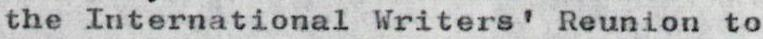
the International Writers' Reunion to